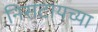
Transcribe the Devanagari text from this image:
निसटायच्या